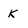
Character: K